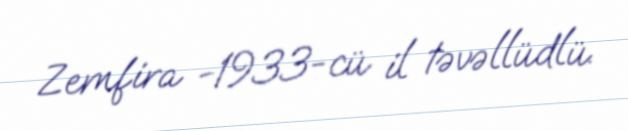
Zemfira −1933-cü il təvəllüdlü.